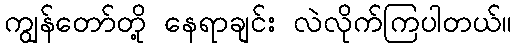
ကျွန်တော်တို့ နေရာချင်း လဲလိုက်ကြပါတယ်။